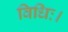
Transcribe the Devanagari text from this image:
विधिः।